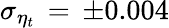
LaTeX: \sigma_{\eta_{t}}\, =\, \pm 0.004